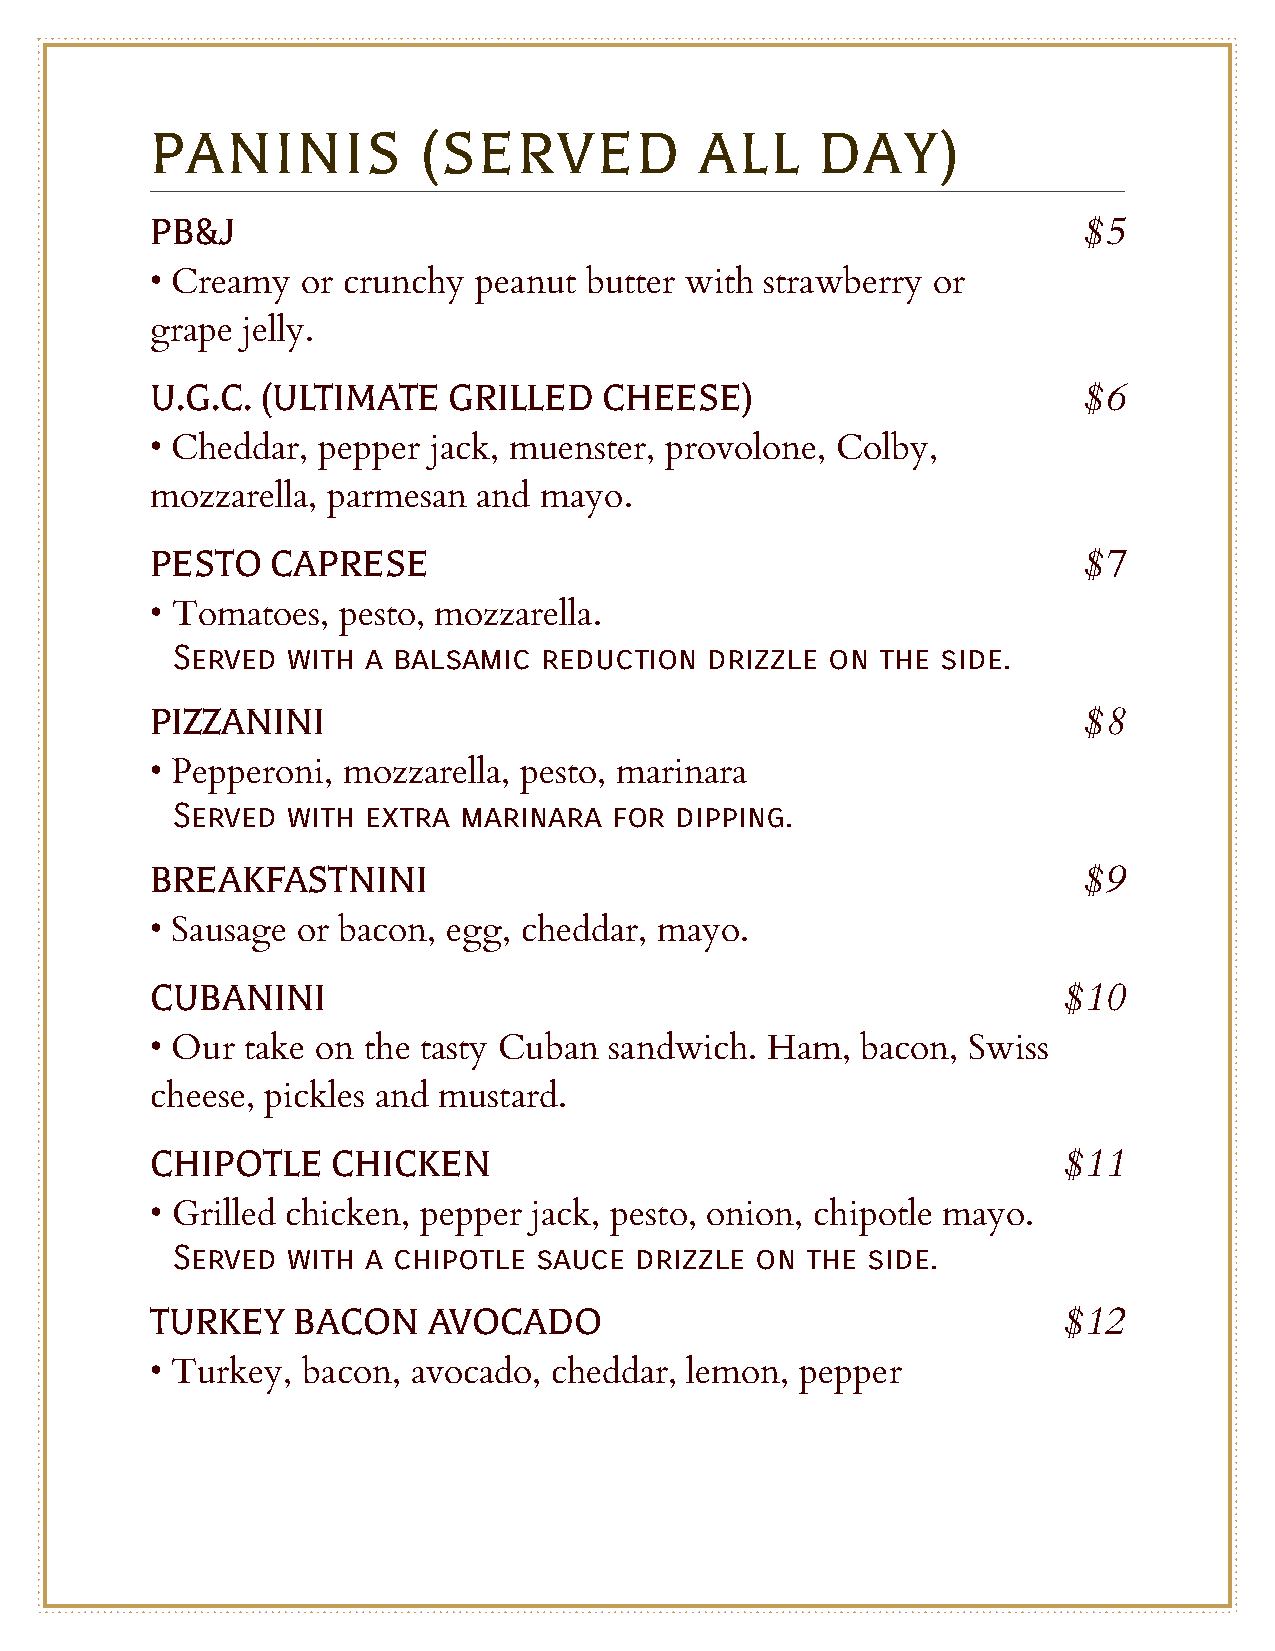
PANINIS           (SERVED           ALL     DAY)
 PB&J
 $5
 • Creamy  or crunchy peanut  butter with strawberry or
 grape jelly.
 U.G.C. (ULTIMATE    GRILLED   CHEESE)
 $6
 • Cheddar, pepper jack, muenster, provolone, Colby,
 mozzarella, parmesan  and mayo.
 PESTO   CAPRESE
 $7
 • Tomatoes, pesto, mozzarella.
 Served  with a balsamic  reduction  drizzle on the side.
 PIZZANINI
 $8
 • Pepperoni, mozzarella, pesto, marinara
 Served  with extra  marinara  for dipping.
 BREAKFASTNINI
 $9
 • Sausage or bacon, egg, cheddar, mayo.
 CUBANINI
 $10
 • Our take on the tasty Cuban sandwich.  Ham,  bacon, Swiss
 cheese, pickles and mustard.
 CHIPOTLE    CHICKEN
 $11
 • Grilled chicken, pepper jack, pesto, onion, chipotle mayo.
 Served  with a chipotle sauce  drizzle on the side.
 TURKEY   BACON    AVOCADO
 $12
 • Turkey, bacon, avocado, cheddar, lemon,  pepper